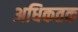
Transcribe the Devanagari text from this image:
अधिकतक